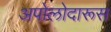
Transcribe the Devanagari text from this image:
अपोलोदारूस